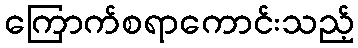
ကြောက်စရာကောင်းသည့်